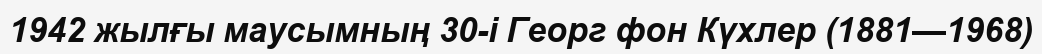
1942 жылғы маусымның 30-і Георг фон Күхлер (1881—1968)